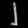
Digit: ၂